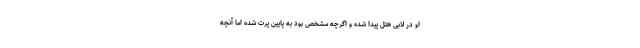
او در لابی هتل پیدا شده و اگرچه مشخص بود به پایین پرت شده اما آنچه